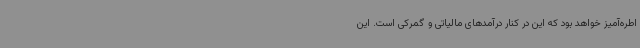
اطره‌آمیز خواهد بود که این در کنار درآمدهای مالیاتی و گمرکی است. این